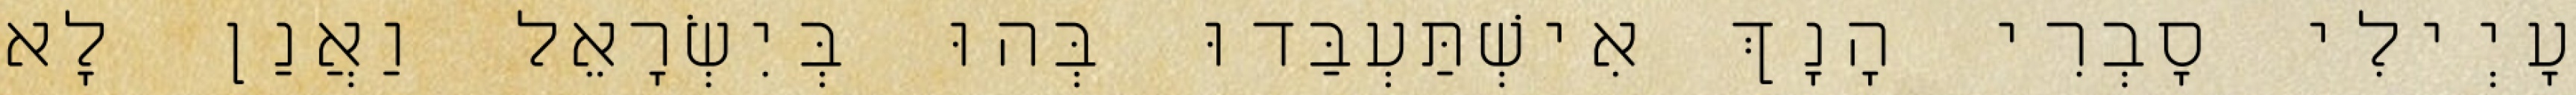
עָיְילִי סָבְרִי הָנָךְ אִישְׁתַּעְבַּדוּ בְּהוּ בְּיִשְׂרָאֵל וַאֲנַן לָא